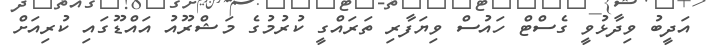
އަދީބު ވިދާޅުވީ ގެސްޓް ހައުސް ވިޔަފާރި ތަރައްގީ ކުރުމުގެ މަޝްރޫއު އައްޑޫގައި ކުރިއަށް